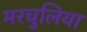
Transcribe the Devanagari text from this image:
मरचुलिया